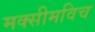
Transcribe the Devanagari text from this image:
मक्सीमविच